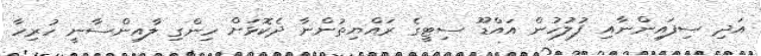
އަދި ސިފައިންނާއި ފުލުހުން އައްޑޫ ސިޓީގެ ރައްޔިތުންނާ ދެކޮޅަށް ހިންގި ލާއިންސާނީ ހުރިހާ